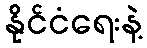
နိုင်ငံရေးနဲ့